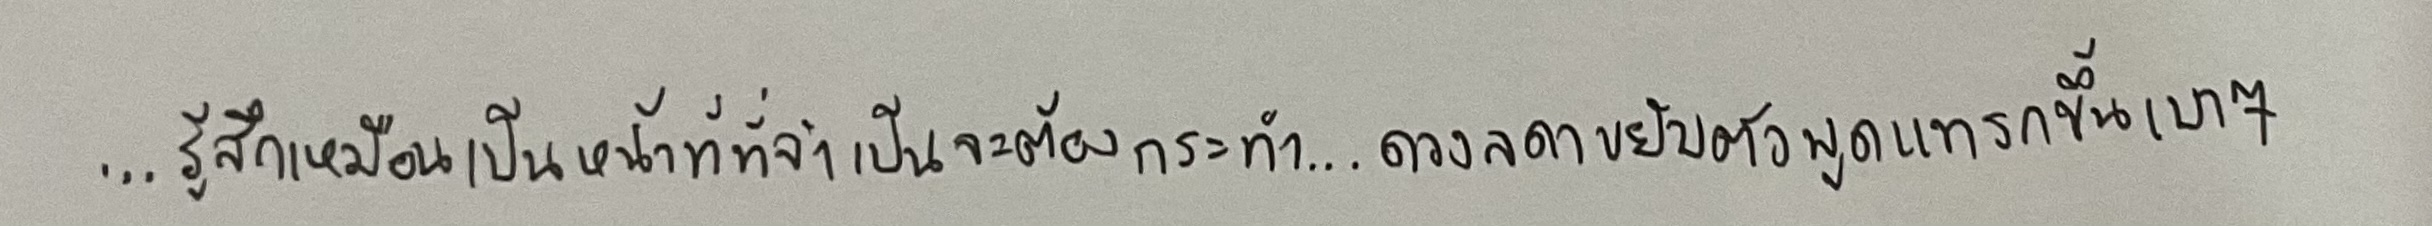
...รู้สึกเหมือนเป็นหน้าที่ที่จำเป็นจะต้องกระทำ...ดวงลดาขยับตัวพูดแทรกขึ้นเบาๆ